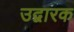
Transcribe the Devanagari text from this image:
उद्वारक